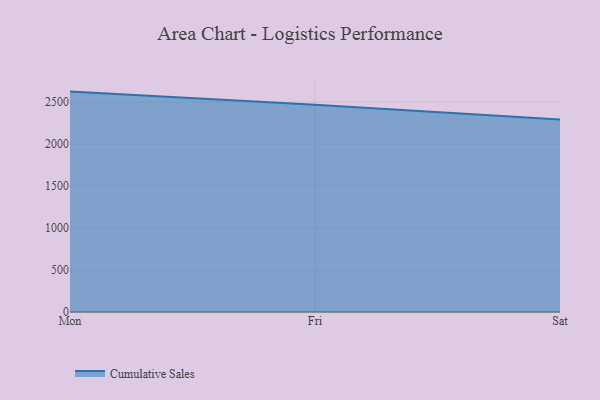
{"axis": {"x": "Day", "y": "Conversion Rate (%)"}, "legend": ["Cumulative Sales"], "data": [{"x": "Mon", "y": 2624.8, "type": "Cumulative Sales"}, {"x": "Fri", "y": 2467.3, "type": "Cumulative Sales"}, {"x": "Sat", "y": 2291.1, "type": "Cumulative Sales"}]}